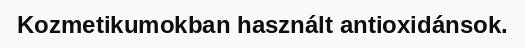
Kozmetikumokban használt antioxidánsok.